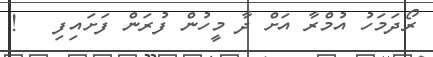
ރޯދަމަހު އުމްރާ އަށް ދާ މީހުން ފުރަން ފަށައިފި   !